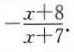
- \frac{x+8}{x+7}